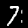
Digit: 7